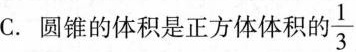
C.圆锥的体积是正方体体积\frac{1}{3}